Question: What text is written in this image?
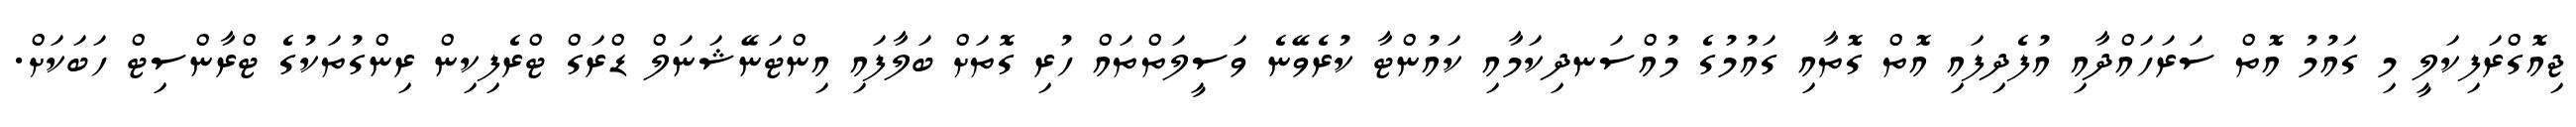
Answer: ޖިއޮގްރަފިކަލީ މި ގައުމު އޮތް ސަރަހައްދާއި އުފެދިފައި އޮތް ގޮތާއި ގައުމުގެ މުއްސަނދިކަމާއި ކައުންޓާ ކުރެވޭނެ ވަސީލަތްތައް ހުރި ގޮތަށް ބަލާފައި އިންޓަނޭޝަނަލް ޑްރަގް ޓްރެފިކިން ރިންގުތަކުގެ ޓްރާންސިޓް ހަބަކަށް.